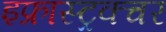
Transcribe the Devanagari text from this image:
इफ्रास्ट्रक्चर